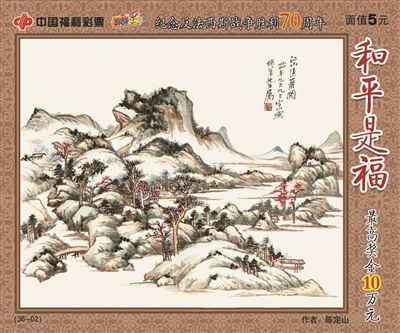
筚路蓝缕，以启山林。